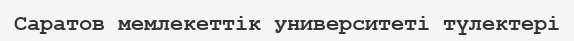
Саратов мемлекеттік университеті түлектері